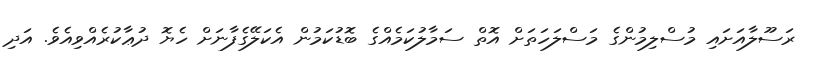
ރަސޫލާއަށައި މުސްލިމުންގެ މަސްލަހަތަށް އޮތް ސަމާލުކަމެއްގެ ބޮޑުކަމުން އެކަލޭގެފާނަށް ހެޔޮ ދުޢާކުރެއްވިއެވެ. އަދި